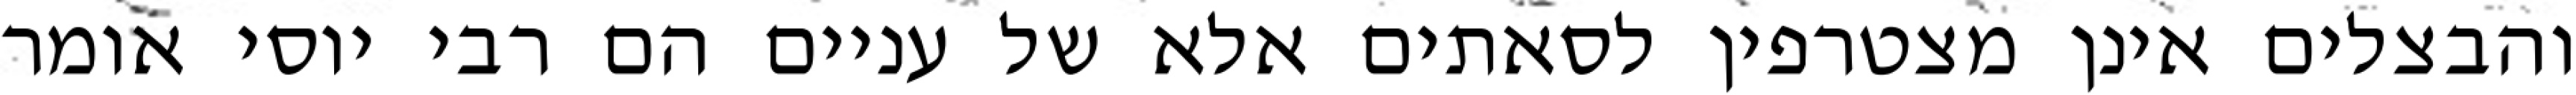
והבצלים אינן מצטרפין לסאתים אלא של עניים הם רבי יוסי אומר